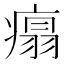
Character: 𤹀